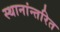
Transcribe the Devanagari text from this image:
स्थानांन्तरित